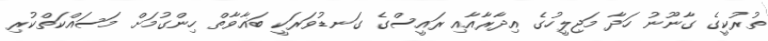
ތުރުކީގެ ގާނޫނު ހަދާ މަޖިލީހުގެ އިދާރާއާއި ރައީސްގެ ގަނޑުވަރަކީ ބަޣާވާތް ހިންގުމަށް މަސައްކަތްކުރި